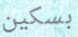
بسكين